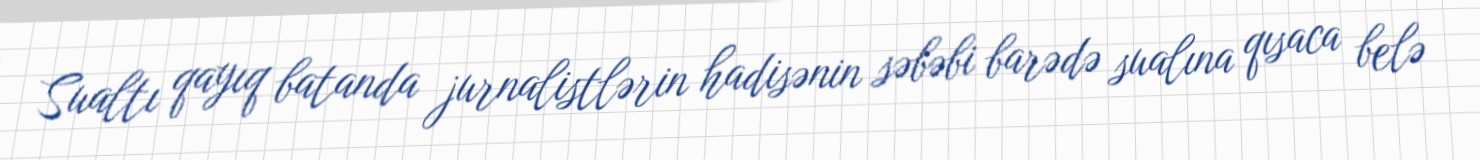
Sualtı qayıq batanda jurnalistlərin hadisənin səbəbi barədə sualına qısaca belə